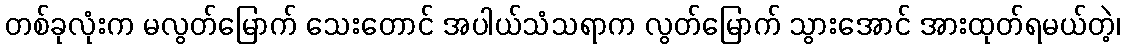
တစ်ခုလုံးက မလွတ်မြောက် သေးတောင် အပါယ်သံသရာက လွတ်မြောက် သွားအောင် အားထုတ်ရမယ်တဲ့၊